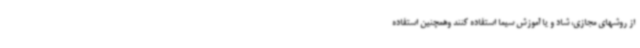
از روشهای مجازی، شاد و یا آموزش سیما استفاده کنند وهمچنین استفاده